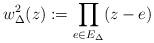
LaTeX: \begin{align*}w_\Delta^2(z) := \prod_{e\in E_\Delta}(z-e)\end{align*}